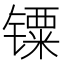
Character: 𲈙